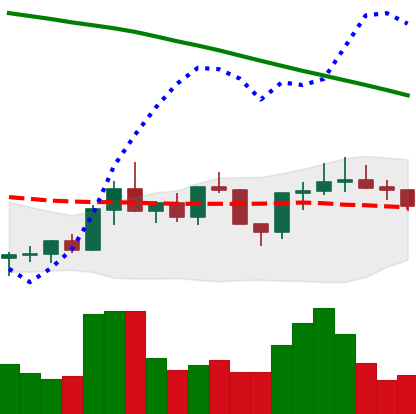
Ticker: ADA-USD
Chart end date: 2022-08-02
Forward return: 6.167%
Label: up_5_7